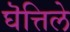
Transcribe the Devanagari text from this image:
घॆत्तिले